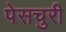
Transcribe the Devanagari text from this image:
पेसचुरी